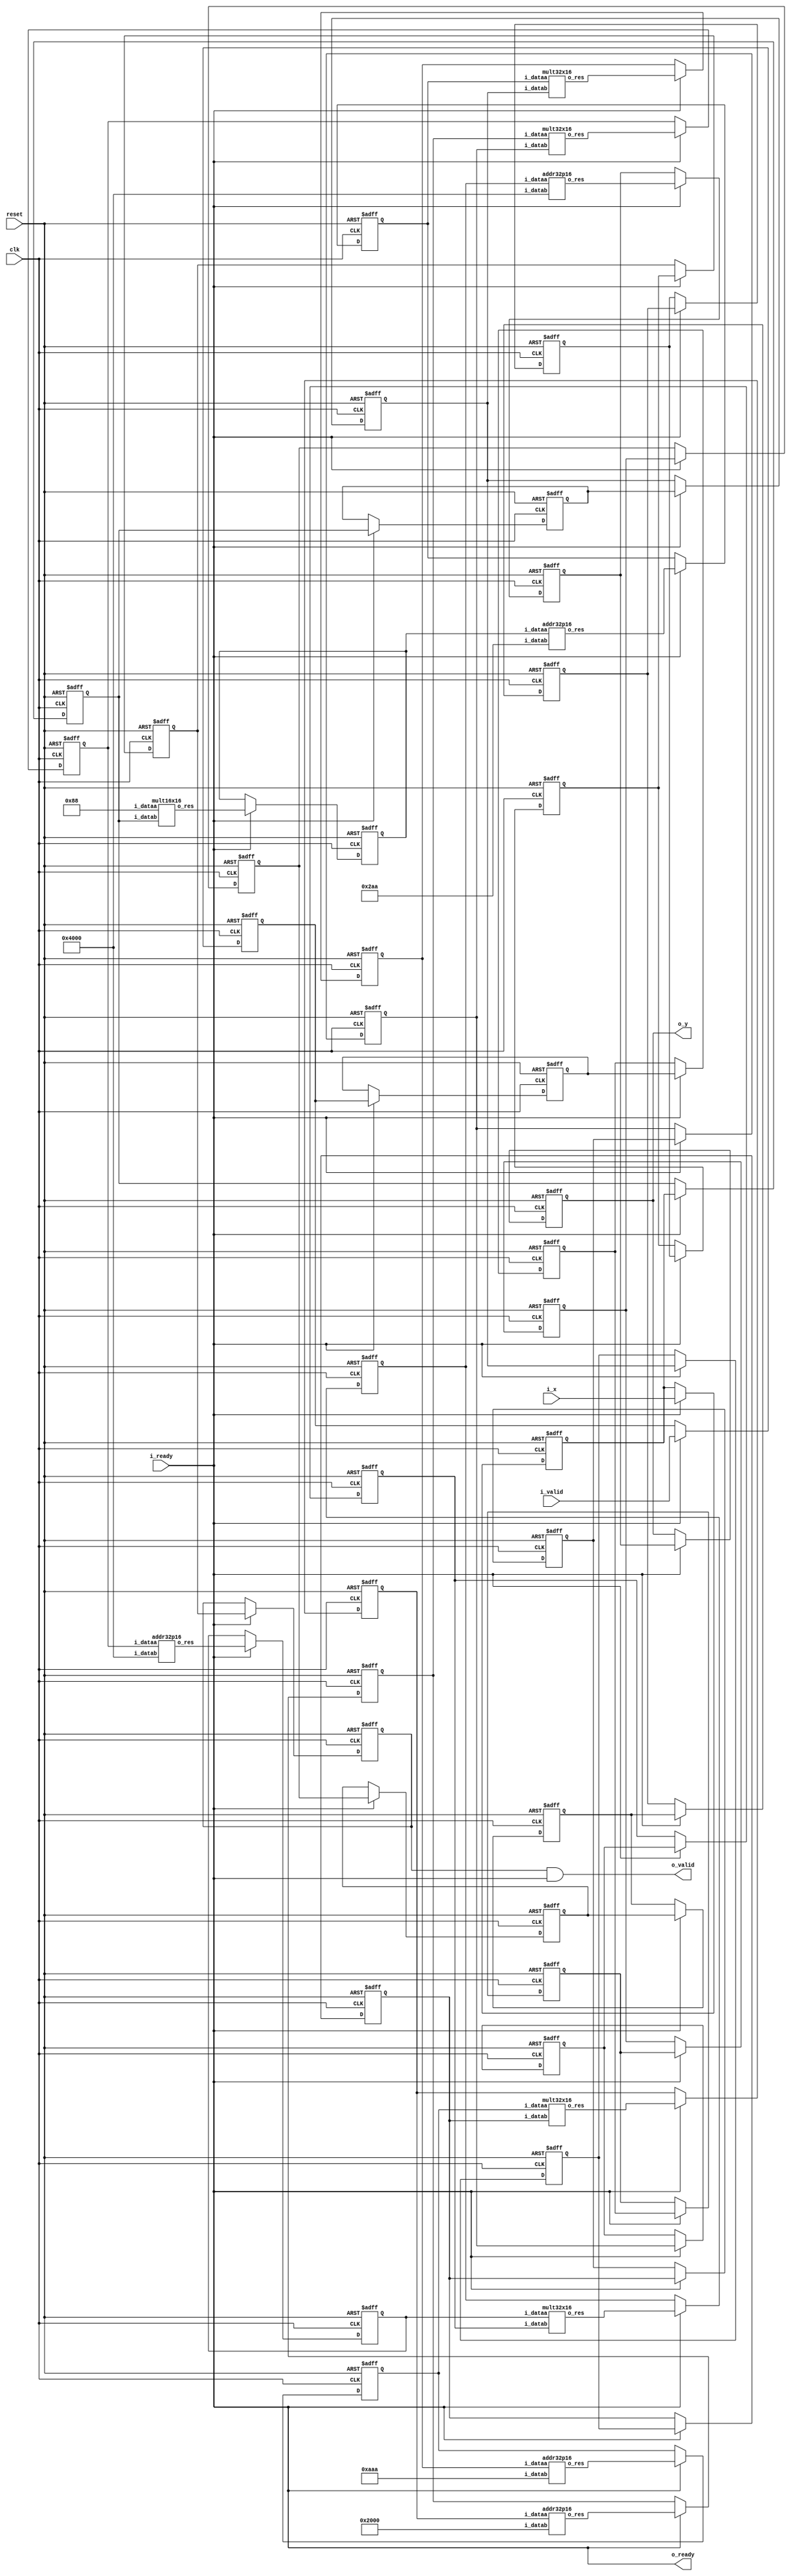
// TO-DO: need to clean up code and erase unused signals -- preliminary design for pipeline tests pass
module lab1 #
(
	parameter WIDTHIN = 16,		// Input format is Q2.14 (2 integer bits + 14 fractional bits = 16 bits)
	parameter WIDTHOUT = 32,	// Intermediate/Output format is Q7.25 (7 integer bits + 25 fractional bits = 32 bits)
	// Taylor coefficients for the first five terms in Q2.14 format
	parameter [WIDTHIN-1:0] A0 = 16'b01_00000000000000, // a0 = 1
	parameter [WIDTHIN-1:0] A1 = 16'b01_00000000000000, // a1 = 1
	parameter [WIDTHIN-1:0] A2 = 16'b00_10000000000000, // a2 = 1/2
	parameter [WIDTHIN-1:0] A3 = 16'b00_00101010101010, // a3 = 1/6
	parameter [WIDTHIN-1:0] A4 = 16'b00_00001010101010, // a4 = 1/24
	parameter [WIDTHIN-1:0] A5 = 16'b00_00000010001000  // a5 = 1/120
)
(
	input clk,
	input reset,	
	
	input i_valid,
	input i_ready,
	output o_valid,
	output o_ready,
	
	input [WIDTHIN-1:0] i_x,
	output [WIDTHOUT-1:0] o_y
);
//Output value could overflow (32-bit output, and 16-bit inputs multiplied
//together repeatedly).  Don't worry about that -- assume that only the bottom
//32 bits are of interest, and keep them.
reg [WIDTHIN-1:0] x;	// Register to hold input X
reg [WIDTHOUT-1:0] y_Q;	// Register to hold output Y
reg valid_Q1;		// Output of register x is valid
reg valid_Q2;		// Output of register y is valid

// Pipelined Registers 
reg [WIDTHIN-1:0] x_r1, x_r2, x_r3, x_r4, x_r5, x_r6, x_r7, x_r8, x_r9; 
reg [WIDTHIN-1:0] y_r1, y_r2, y_r3, y_r4, y_r5; 
reg valid_Q3, valid_Q4, valid_Q5, valid_Q6, valid_Q7;
reg valid_Q8, valid_Q9, valid_Q10, valid_Q11, valid_Q12, valid_Q13; 
reg ready_r1, ready_r2, ready_r3, ready_r4, ready_r5;

// signal for enabling sequential circuit elements
reg enable;

// Signals for computing the y output
wire [WIDTHOUT-1:0] m0_out; // A5 * x
wire [WIDTHOUT-1:0] a0_out; // A5 * x + A4
wire [WIDTHOUT-1:0] m1_out; // (A5 * x + A4) * x
wire [WIDTHOUT-1:0] a1_out; // (A5 * x + A4) * x + A3
wire [WIDTHOUT-1:0] m2_out; // ((A5 * x + A4) * x + A3) * x
wire [WIDTHOUT-1:0] a2_out; // ((A5 * x + A4) * x + A3) * x + A2
wire [WIDTHOUT-1:0] m3_out; // (((A5 * x + A4) * x + A3) * x + A2) * x
wire [WIDTHOUT-1:0] a3_out; // (((A5 * x + A4) * x + A3) * x + A2) * x + A1
wire [WIDTHOUT-1:0] m4_out; // ((((A5 * x + A4) * x + A3) * x + A2) * x + A1) * x
wire [WIDTHOUT-1:0] a4_out; // ((((A5 * x + A4) * x + A3) * x + A2) * x + A1) * x + A0
wire [WIDTHOUT-1:0] y_D;

// registers to hold wire outputs 
reg [WIDTHOUT-1:0] m0_out_r1;
reg [WIDTHOUT-1:0] a0_out_r1;
reg [WIDTHOUT-1:0] m1_out_r1;
reg [WIDTHOUT-1:0] a1_out_r1;
reg [WIDTHOUT-1:0] m2_out_r1;
reg [WIDTHOUT-1:0] a2_out_r1;
reg [WIDTHOUT-1:0] m3_out_r1;
reg [WIDTHOUT-1:0] a3_out_r1;
reg [WIDTHOUT-1:0] m4_out_r1;
reg [WIDTHOUT-1:0] a4_out_r1;
reg [WIDTHOUT-1:0] y_D_r1;

// compute y value
mult16x16 Mult0 (.i_dataa(A5), 		.i_datab(x_r1), 	.o_res(m0_out));
addr32p16 Addr0 (.i_dataa(m0_out_r1), 	.i_datab(A4), 	.o_res(a0_out));

mult32x16 Mult1 (.i_dataa(a0_out_r1), 	.i_datab(x_r3), .o_res(m1_out));
addr32p16 Addr1 (.i_dataa(m1_out_r1), 	.i_datab(A3), 	.o_res(a1_out));

mult32x16 Mult2 (.i_dataa(a1_out_r1), 	.i_datab(x_r5), 	.o_res(m2_out));
addr32p16 Addr2 (.i_dataa(m2_out_r1), 	.i_datab(A2), 	.o_res(a2_out));

mult32x16 Mult3 (.i_dataa(a2_out_r1), 	.i_datab(x_r7), 	.o_res(m3_out));
addr32p16 Addr3 (.i_dataa(m3_out_r1), 	.i_datab(A1), 	.o_res(a3_out));

mult32x16 Mult4 (.i_dataa(a3_out_r1), 	.i_datab(x_r9), 	.o_res(m4_out));
addr32p16 Addr4 (.i_dataa(m4_out_r1), 	.i_datab(A0), 	.o_res(a4_out));

assign y_D = a4_out_r1;

// Combinational logic
always @* begin
	// signal for enable
	enable = i_ready;
end

// Infer the registers
always @ (posedge clk or posedge reset) begin
	if (reset) begin
		valid_Q1  <= 1'b0;
		valid_Q2  <= 1'b0;
		valid_Q3  <= 1'b0;
		valid_Q4  <= 1'b0;
		valid_Q5  <= 1'b0;
		valid_Q6  <= 1'b0;
		valid_Q7  <= 1'b0;
		valid_Q8  <= 1'b0;
		valid_Q9  <= 1'b0;
		valid_Q10 <= 1'b0;
		valid_Q11 <= 1'b0;
		valid_Q12 <= 1'b0;
		valid_Q13 <= 1'b0;

		x <= 0;
		y_Q <= 0;
		{x_r1,x_r2,x_r3,x_r4,x_r5,x_r6,x_r7,x_r8,x_r9} <= 0;
		{y_r1,y_r2,y_r3,y_r4,y_r5} <= 0;

		m0_out_r1 <= 0;
		a0_out_r1 <= 0;
		m1_out_r1 <= 0;
		a1_out_r1 <= 0;
		m2_out_r1 <= 0;
		a2_out_r1 <= 0;
		m3_out_r1 <= 0;
		a3_out_r1 <= 0;
		m4_out_r1 <= 0;
		a4_out_r1 <= 0;
	end else if (enable) begin
		// propagate the valid value
		valid_Q1  <= i_valid;
		valid_Q2  <= valid_Q1;
		valid_Q3  <= valid_Q2; 
		valid_Q4  <= valid_Q3; 
		valid_Q5  <= valid_Q4; 
		valid_Q6  <= valid_Q5; 
		valid_Q7  <= valid_Q6; 
		valid_Q8  <= valid_Q7; 
		valid_Q9  <= valid_Q8; 
		valid_Q10 <= valid_Q9; 
		valid_Q11 <= valid_Q10; 
		valid_Q12 <= valid_Q11; 
		valid_Q13 <= valid_Q12; 

		// ready pipe
		ready_r1 <= i_ready;
		
		// read in new x value
		x <= i_x;
		x_r1 <= x;
		x_r2 <= x_r1; 
		x_r3 <= x_r2;
		x_r4 <= x_r3; 
		x_r5 <= x_r4; 
		x_r6 <= x_r5; 
		x_r7 <= x_r6; 
		x_r8 <= x_r7; 
		x_r9 <= x_r8; 
		
		// output computed y value
		y_Q <= y_D;
		y_r1 <= y_Q; 
		y_r2 <= y_r1; 
		y_r3 <= y_r2;
		y_r4 <= y_r3; 
		y_r5 <= y_r4;

		// registers holding wired outputs 
		m0_out_r1  <= m0_out;
		a0_out_r1  <= a0_out;
		m1_out_r1  <= m1_out;
		a1_out_r1  <= a1_out;
		m2_out_r1  <= m2_out;
		a2_out_r1  <= a2_out;
		m3_out_r1  <= m3_out;
		a3_out_r1  <= a3_out;
		m4_out_r1  <= m4_out;
		a4_out_r1  <= a4_out;
	end
end

// assign outputs
assign o_y = y_Q;
// ready for inputs as long as receiver is ready for outputs */
assign o_ready = i_ready;   		
// the output is valid as long as the corresponding input was valid and 
//	the receiver is ready. If the receiver isn't ready, the computed output
//	will still remain on the register outputs and the circuit will resume
//  normal operation with the receiver is ready again (i_ready is high)*/
assign o_valid = valid_Q13 & i_ready;	

endmodule

/*******************************************************************************************/

// Multiplier module for the first 16x16 multiplication
module mult16x16 (
	input  [15:0] i_dataa,
	input  [15:0] i_datab,
	output [31:0] o_res
);

reg [31:0] result;

always @ (*) begin
	result = i_dataa * i_datab;
end

// The result of Q2.14 x Q2.14 is in the Q4.28 format. Therefore we need to change it
// to the Q7.25 format specified in the assignment by shifting right and padding with zeros.
assign o_res = {3'b000, result[31:3]};

endmodule

/*******************************************************************************************/

// Multiplier module for all the remaining 32x16 multiplications
module mult32x16 (
	input  [31:0] i_dataa,
	input  [15:0] i_datab,
	output [31:0] o_res
);

reg [47:0] result;

always @ (*) begin
	result = i_dataa * i_datab;
end

// The result of Q7.25 x Q2.14 is in the Q9.39 format. Therefore we need to change it
// to the Q7.25 format specified in the assignment by selecting the appropriate bits
// (i.e. dropping the most-significant 2 bits and least-significant 14 bits).
assign o_res = result[45:14];

endmodule

/*******************************************************************************************/

// Adder module for all the 32b+16b addition operations 
module addr32p16 (
	input [31:0] i_dataa,
	input [15:0] i_datab,
	output [31:0] o_res
);

// The 16-bit Q2.14 input needs to be aligned with the 32-bit Q7.25 input by zero padding
assign o_res = i_dataa + {5'b00000, i_datab, 11'b00000000000};

endmodule

/*******************************************************************************************/